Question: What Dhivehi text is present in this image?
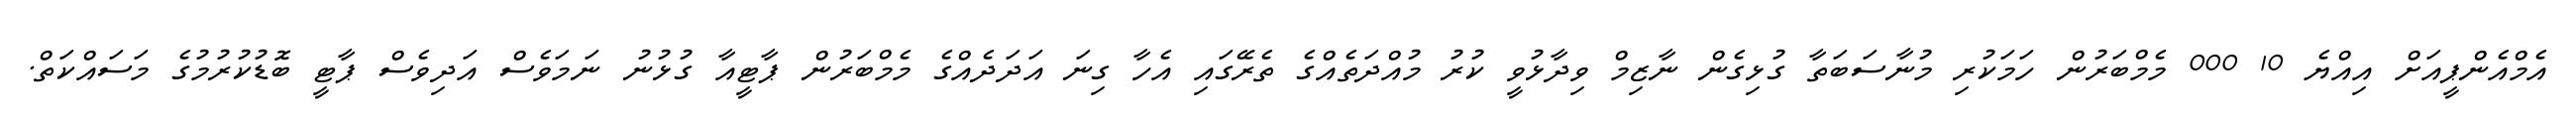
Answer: އެމްއެންޕީއަށް އިއްޔެ 10 000 މެމްބަރުން ހަމަކުރި މުނާސަބަތާ ގުޅިގެން ނާޒިމް ވިދާޅުވީ ކުރު މުއްދަތެއްގެ ތެރޭގައި އެހާ ގިނަ އަދަދެއްގެ މެމްބަރުން ޕާޓީއާ ގުޅުނު ނަމަވެސް އަދިވެސް ޕާޓީ ބޮޑުކުރުމުގެ މަސައްކަތް.